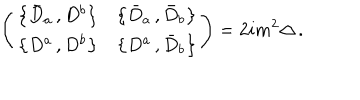
\left( \begin{array} { c c } { { \left\{ \bar { D } _ { a } \, , D ^ { b } \right\} } } & { { \left\{ \bar { D } _ { a } \, , \bar { D } _ { b } \right\} } } \\ { { \left\{ D ^ { a } \, , D ^ { b } \right\} } } & { { \left\{ D ^ { a } \, , \bar { D } _ { b } \right\} } } \\ \end{array} \right) = 2 i m ^ { 2 } \Delta \, .